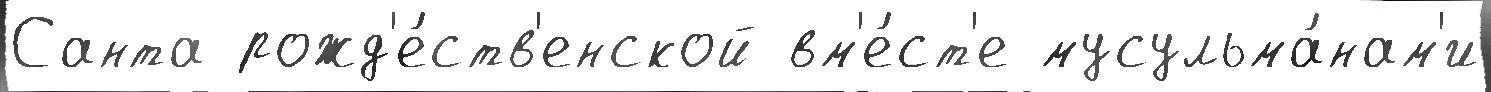
Санта рожд'е́ств'енской вм'е́ст'е мусульма́нам'и